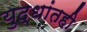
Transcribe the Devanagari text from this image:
युद्धांतही